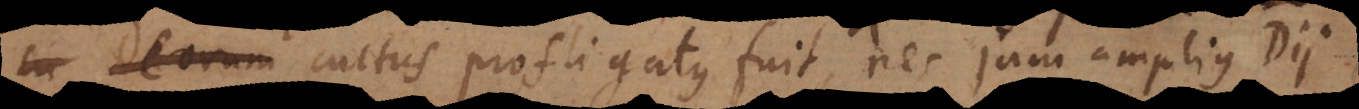
um cultus profligatus fuit, nec jam amplius Dii